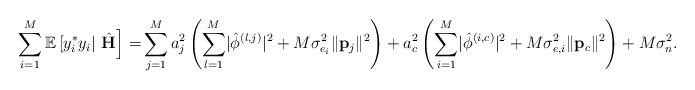
LaTeX: \begin{align*} \sum_{i=1}^M\mathbb{E}\left[y_i^*y_i|\right.\left.\hat{\mathbf{H}}\right] =&\sum_{j=1}^{M}a_j^2\left(\sum_{l=1}^M\lvert\hat{\phi}^{\left(l,j\right)}\rvert^2+M\sigma_{e_i}^2\lVert\mathbf{p}_j\rVert^2\right)+a_c^2\left(\sum_{i=1}^M\lvert\hat{\phi}^{\left(i,c\right)}\rvert^2+M\sigma_{e,i}^2\lVert\mathbf{p}_c\rVert^2\right)+M\sigma_n^2. \end{align*}